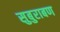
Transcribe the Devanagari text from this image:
सुबुराबण